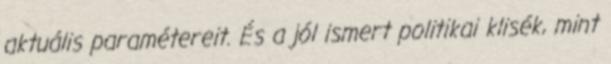
aktuális paramétereit. És a jól ismert politikai klisék, mint